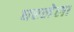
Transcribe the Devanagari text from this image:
घरलेला